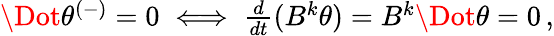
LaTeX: \begin{array}{r}{\Dot{\theta}^{(-)}=0\iff\frac{d}{dt}(B^{k}\theta)=B^{k}\Dot{\theta}=0\, ,}\end{array}